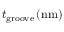
t _ { \mathrm { g r o o v e } } \, ( \mathrm { n m } )